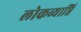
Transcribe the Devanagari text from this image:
लोकव्याप्ति